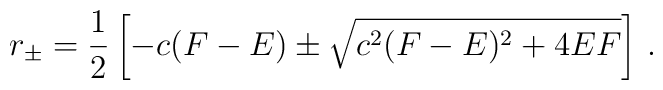
r_{\pm}= \frac{1}{2} \left[ -c(F-E) \pm\sqrt{c^{2}(F-E)^{2} +4EF}\right]\, .